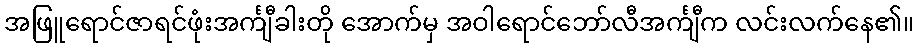
အဖြူရောင်ဇာရင်ဖုံးအင်္ကျီခါးတို အောက်မှ အဝါရောင်ဘော်လီအင်္ကျီက လင်းလက်နေ၏။